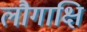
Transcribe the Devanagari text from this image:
लौगाक्षि